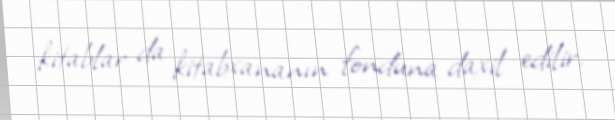
kitablar da kitabxananın fonduna daxil edilir.